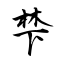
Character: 梺